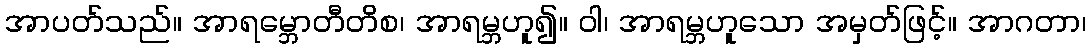
အာပတ်သည်။ အာရမ္ဘောတီတိစ၊ အာရမ္ဘဟူ၍။ ဝါ၊ အာရမ္ဘဟူသော အမှတ်ဖြင့်။ အာဂတာ၊